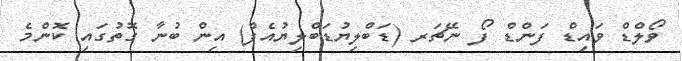
ވޯލްޑް ވައިޑް ފަންޑް ފޯ ނޭޗަރ (ޑަބްލިޔުޑަބްލިޔުއެފް) އިން ބުނާ ގޮތުގައި ކޮންމެ